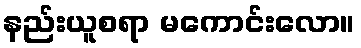
နည်းယူစရာ မကောင်းလော။